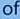
of